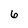
Character: 6